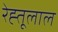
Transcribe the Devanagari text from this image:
रेह्तूलाल